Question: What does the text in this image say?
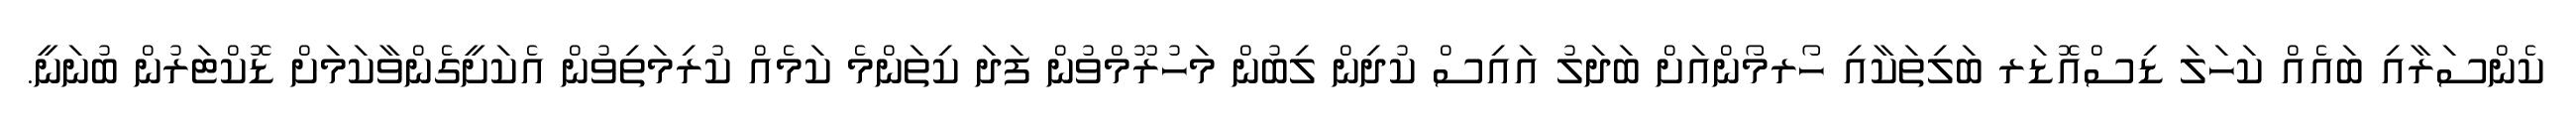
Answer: ކެންސަރާއި ބައެއް ކަހަލަ ޑިސްއޮޑަރ ބަލިތަކާއި ހޯރމޯންއަށް ބަދަލު އައިސް ކުދިން ލިބުން މަހުރޫމްވުން ފަދަ ކިތަންމެ ކަމެއް ކުރިމަތިވުން އެކަށީގެންވާކަމަށް ޑޮކްޓަރުން ބުނަނީ.